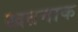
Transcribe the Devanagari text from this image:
खतनाक